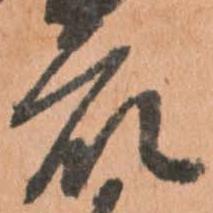
衆